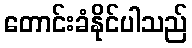
တောင်းခံနိုင်ပါသည်